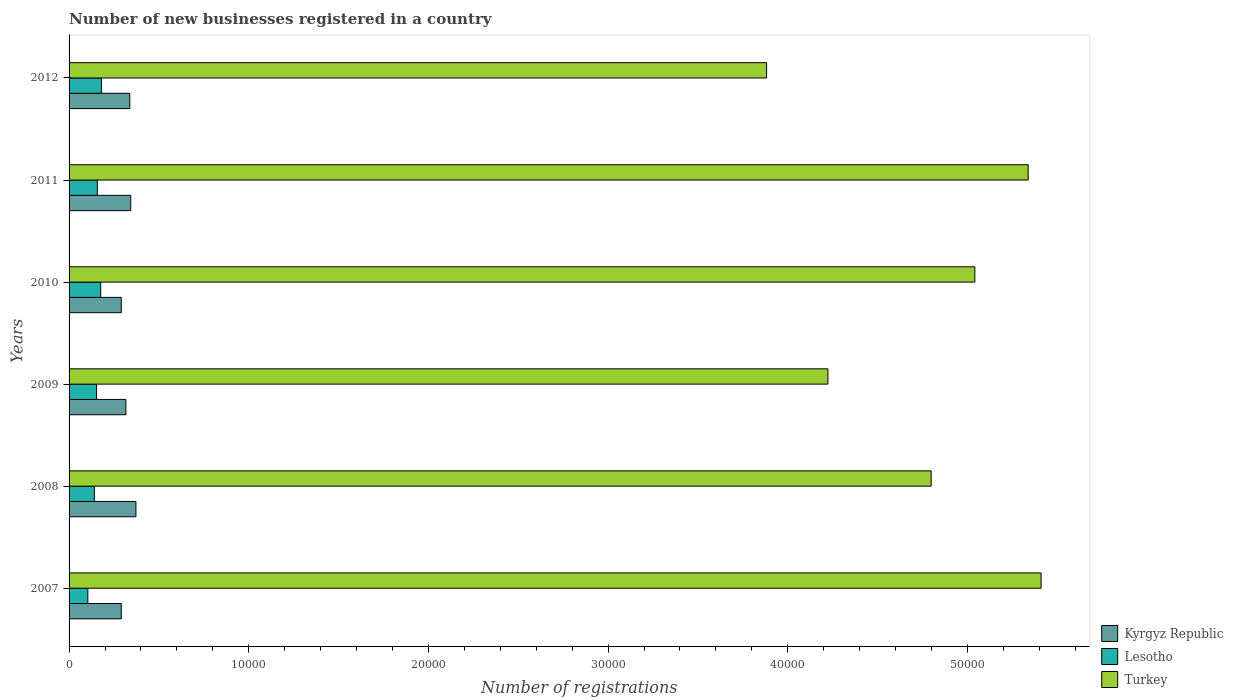
| Years | Kyrgyz Republic | Lesotho | Turkey |
 | --- | --- | --- | --- |
 | 2007 | 2.91e+03 | 1.04e+03 | 5.41e+04 |
 | 2008 | 3.72e+03 | 1.41e+03 | 4.8e+04 |
 | 2009 | 3.16e+03 | 1.53e+03 | 4.22e+04 |
 | 2010 | 2.90e+03 | 1.76e+03 | 5.04e+04 |
 | 2011 | 3.43e+03 | 1.57e+03 | 5.34e+04 |
 | 2012 | 3.38e+03 | 1.8e+03 | 3.88e+04 |